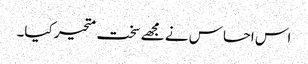
اس احساس نے مجھے سخت متحیر کیا۔